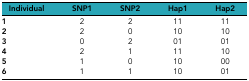
<table><thead><tr><td><b>Individual</b></td><td><b>SNP1</b></td><td><b>SNP2</b></td><td><b>Hap1</b></td><td><b>Hap2</b></td></tr></thead><tbody><tr><td><b>1</b></td><td>2</td><td>2</td><td>11</td><td>11</td></tr><tr><td><b>2</b></td><td>2</td><td>0</td><td>10</td><td>10</td></tr><tr><td><b>3</b></td><td>0</td><td>2</td><td>01</td><td>01</td></tr><tr><td><b>4</b></td><td>2</td><td>1</td><td>11</td><td>10</td></tr><tr><td><b>5</b></td><td>1</td><td>0</td><td>10</td><td>00</td></tr><tr><td><b>6</b></td><td>1</td><td>1</td><td>10</td><td>01</td></tr></tbody></table>